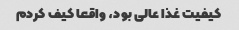
کیفیت غذا عالی بود، واقعا کیف کردم